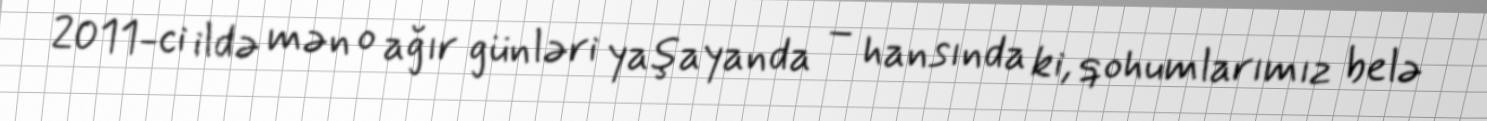
2011-ci ildə mən o ağır günləri yaşayanda – hansında ki, qohumlarımız belə